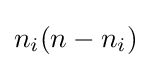
n_{i}(n-n_{i})